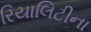
રિયાલિટીના